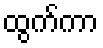
ထွက်ကာ